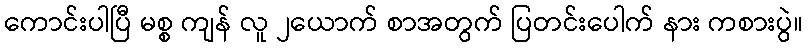
ကောင်းပါပြီ မစ္စ ကျန် လူ ၂ယောက် စာအတွက် ပြတင်းပေါက် နား ကစားပွဲ။